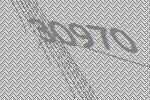
30970